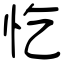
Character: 忔